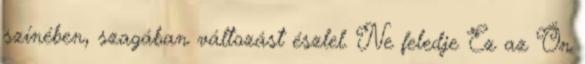
színében, szagában változást észlel. Ne feledje Ez az Ön